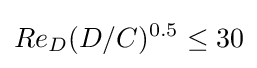
{Re_{D}(D/C)^{0.5}\leq 30}